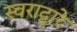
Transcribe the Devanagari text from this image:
स्वराद्वारे